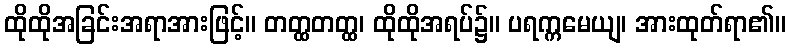
ထိုထိုအခြင်းအရာအားဖြင့်။ တတ္ထတတ္ထ၊ ထိုထိုအရပ်၌။ ပရက္ကမေယျ၊ အားထုတ်ရာ၏။